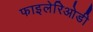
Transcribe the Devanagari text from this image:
फाइलेरिओडी